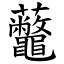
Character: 虌